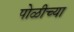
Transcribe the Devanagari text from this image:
पोळीच्या